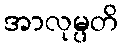
အာလုမ္ပတိ